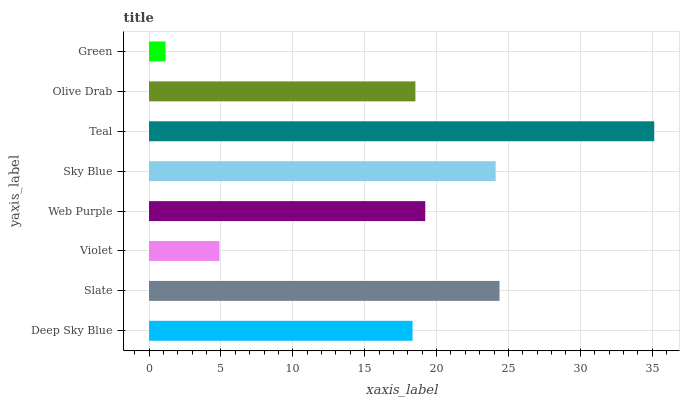
| yaxis_label | bars |
 | --- | --- |
 | Deep Sky Blue | 18.3 |
 | Slate | 24.4 |
 | Violet | 4.9 |
 | Web Purple | 19.2 |
 | Sky Blue | 24.1 |
 | Teal | 35.1 |
 | Olive Drab | 18.5 |
 | Green | 1.15 |